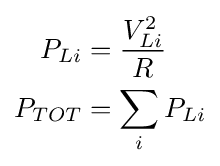
{\begin{aligned}P_{Li}&={\frac {V_{Li}^{2}}{R}}\\P_{TOT}&=\sum _{i}P_{Li}\end{aligned}}